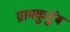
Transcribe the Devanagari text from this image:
ग्रामकुटुंब